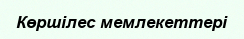
Көршілес мемлекеттері